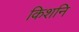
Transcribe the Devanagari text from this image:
किशनि